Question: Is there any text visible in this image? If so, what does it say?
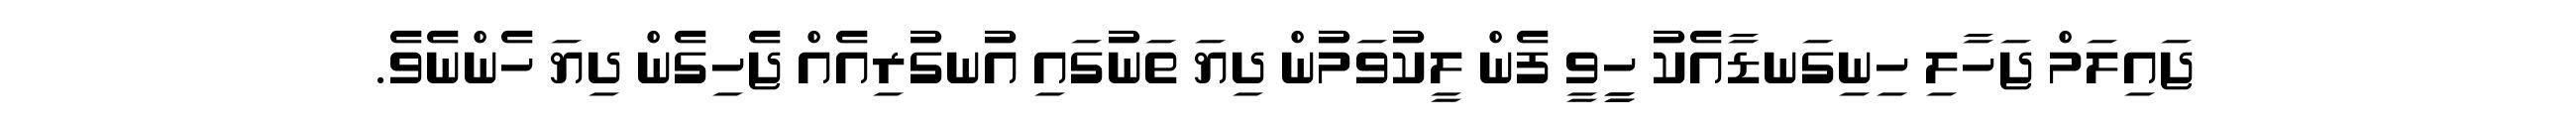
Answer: ޖައިލަމް ޖަހާލި ހިނިގަނޑާއެކު ހީީވީ ފެން ލީކުވަމުން ދިޔަ ތަނުގައި އުނގުރިއެއް ޖެހިގެން ދިޔަ ހެންނެވެ.